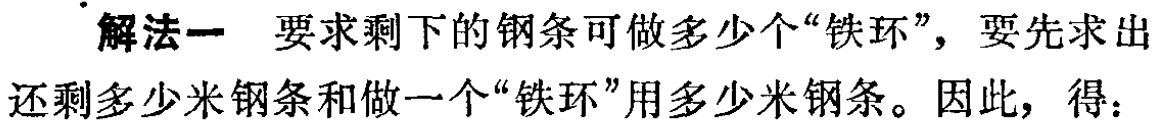
解法一 要求剩下的钢条可做多少个“铁环”，要先求出还剩多少米钢条和做一个“铁环”用多少米钢条。因此，得：